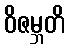
ဝိဇမ္ဘတိ